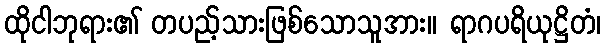
ထိုငါဘုရား၏ တပည့်သားဖြစ်သောသူအား။ ရာဂပရိယုဋ္ဌိတံ၊